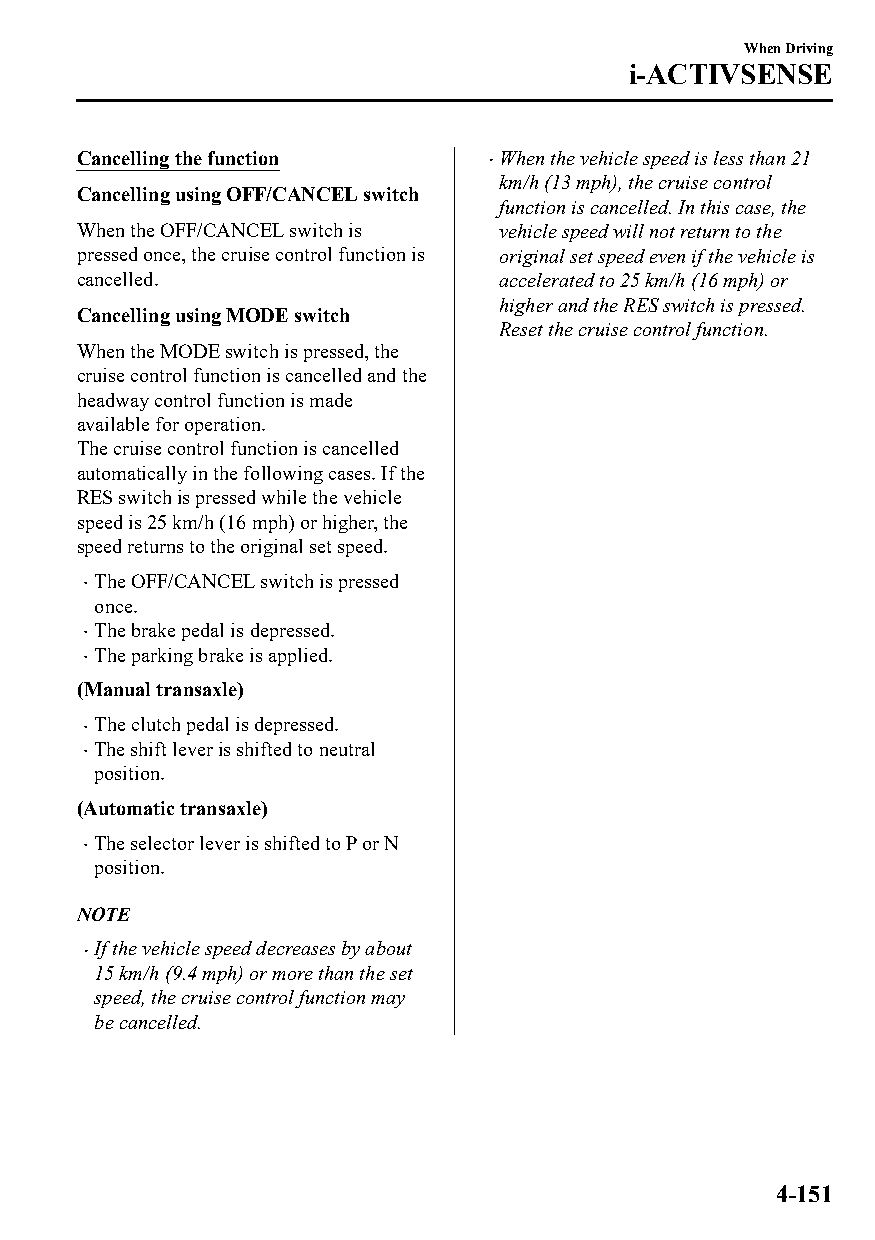
When Driving
 i-ACTIVSENSE
 Cancelling the function     When the vehicle speed is less than 21
 
 km/h (13 mph), the cruise control
 Cancelling using OFF/CANCEL switch
 function is cancelled. In this case, the
 When the OFF/CANCEL switch is vehicle speed will not return to the
 pressed once, the cruise control function is original set speed even if the vehicle is
 cancelled.                  accelerated to 25 km/h (16 mph) or
 higher and the RES switch is pressed.
 Cancelling using MODE switch
 Reset the cruise control function.
 When the MODE switch is pressed, the
 cruise control function is cancelled and the
 headway control function is made
 available for operation.
 The cruise control function is cancelled
 automatically in the following cases. If the
 RES switch is pressed while the vehicle
 speed is 25 km/h (16 mph) or higher, the
 speed returns to the original set speed.
 The OFF/CANCEL switch is pressed
 
 once.
 The brake pedal is depressed.
 
 The parking brake is applied.
 
 (Manual transaxle)
 The clutch pedal is depressed.
 
 The shift lever is shifted to neutral
 
 position.
 (Automatic transaxle)
 The selector lever is shifted to P or N
 
 position.
 NOTE
 If the vehicle speed decreases by about
 
 15 km/h (9.4 mph) or more than the set
 speed, the cruise control function may
 be cancelled.
 4-151
 CX-3_8GT4-EE-18D_Edition4                  2018-9-6 18:32:19